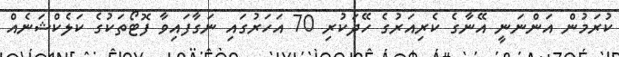
ކުރަމުން އަންނަނީ އޭނާގެ ކެރިއަރުގެ ހޭދަކުރި 70 އަހަރުގައި ނަގާފައިވާ ފޮޓޯތަކުގެ ކަލެކްޝަނެއް